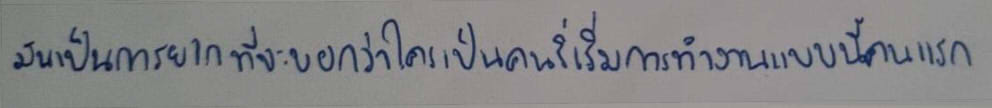
มันเป็นการยากที่จะบอกว่าใครเป็นคนริเริ่มการทำงานแบบนี้เป็นคนแรก